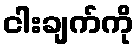
ငါးချက်ကို